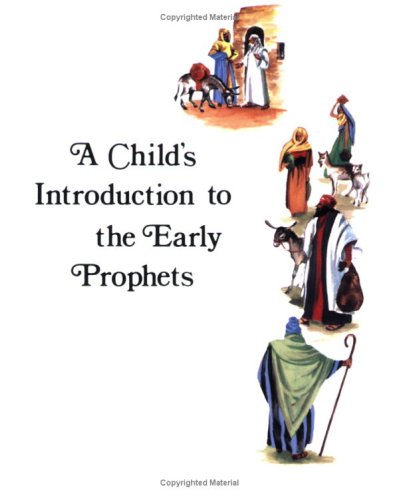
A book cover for Child's Introduction to the Early Prophets; Shirley Newman; Children's Books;